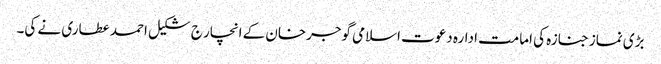
بڑی نماز جنازہ کی امامت ادارہ دعوت اسلامی گوجرخان کے انچار ج شکیل احمد عطاری نے کی۔